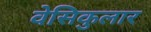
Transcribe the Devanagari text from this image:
वेसिकुलार